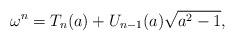
LaTeX: \begin{align*}\omega^n=T_n(a)+U_{n-1}(a)\sqrt{a^2-1},\end{align*}